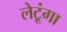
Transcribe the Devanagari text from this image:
लेटूंगा